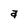
Character: a